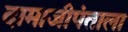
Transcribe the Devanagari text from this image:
दामाजीपंताला